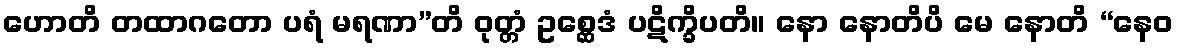
ဟောတိ တထာဂတော ပရံ မရဏာ”တိ ဝုတ္တံ ဥစ္ဆေဒံ ပဋိက္ခိပတိ။ နော နောတိပိ မေ နောတိ “နေဝ